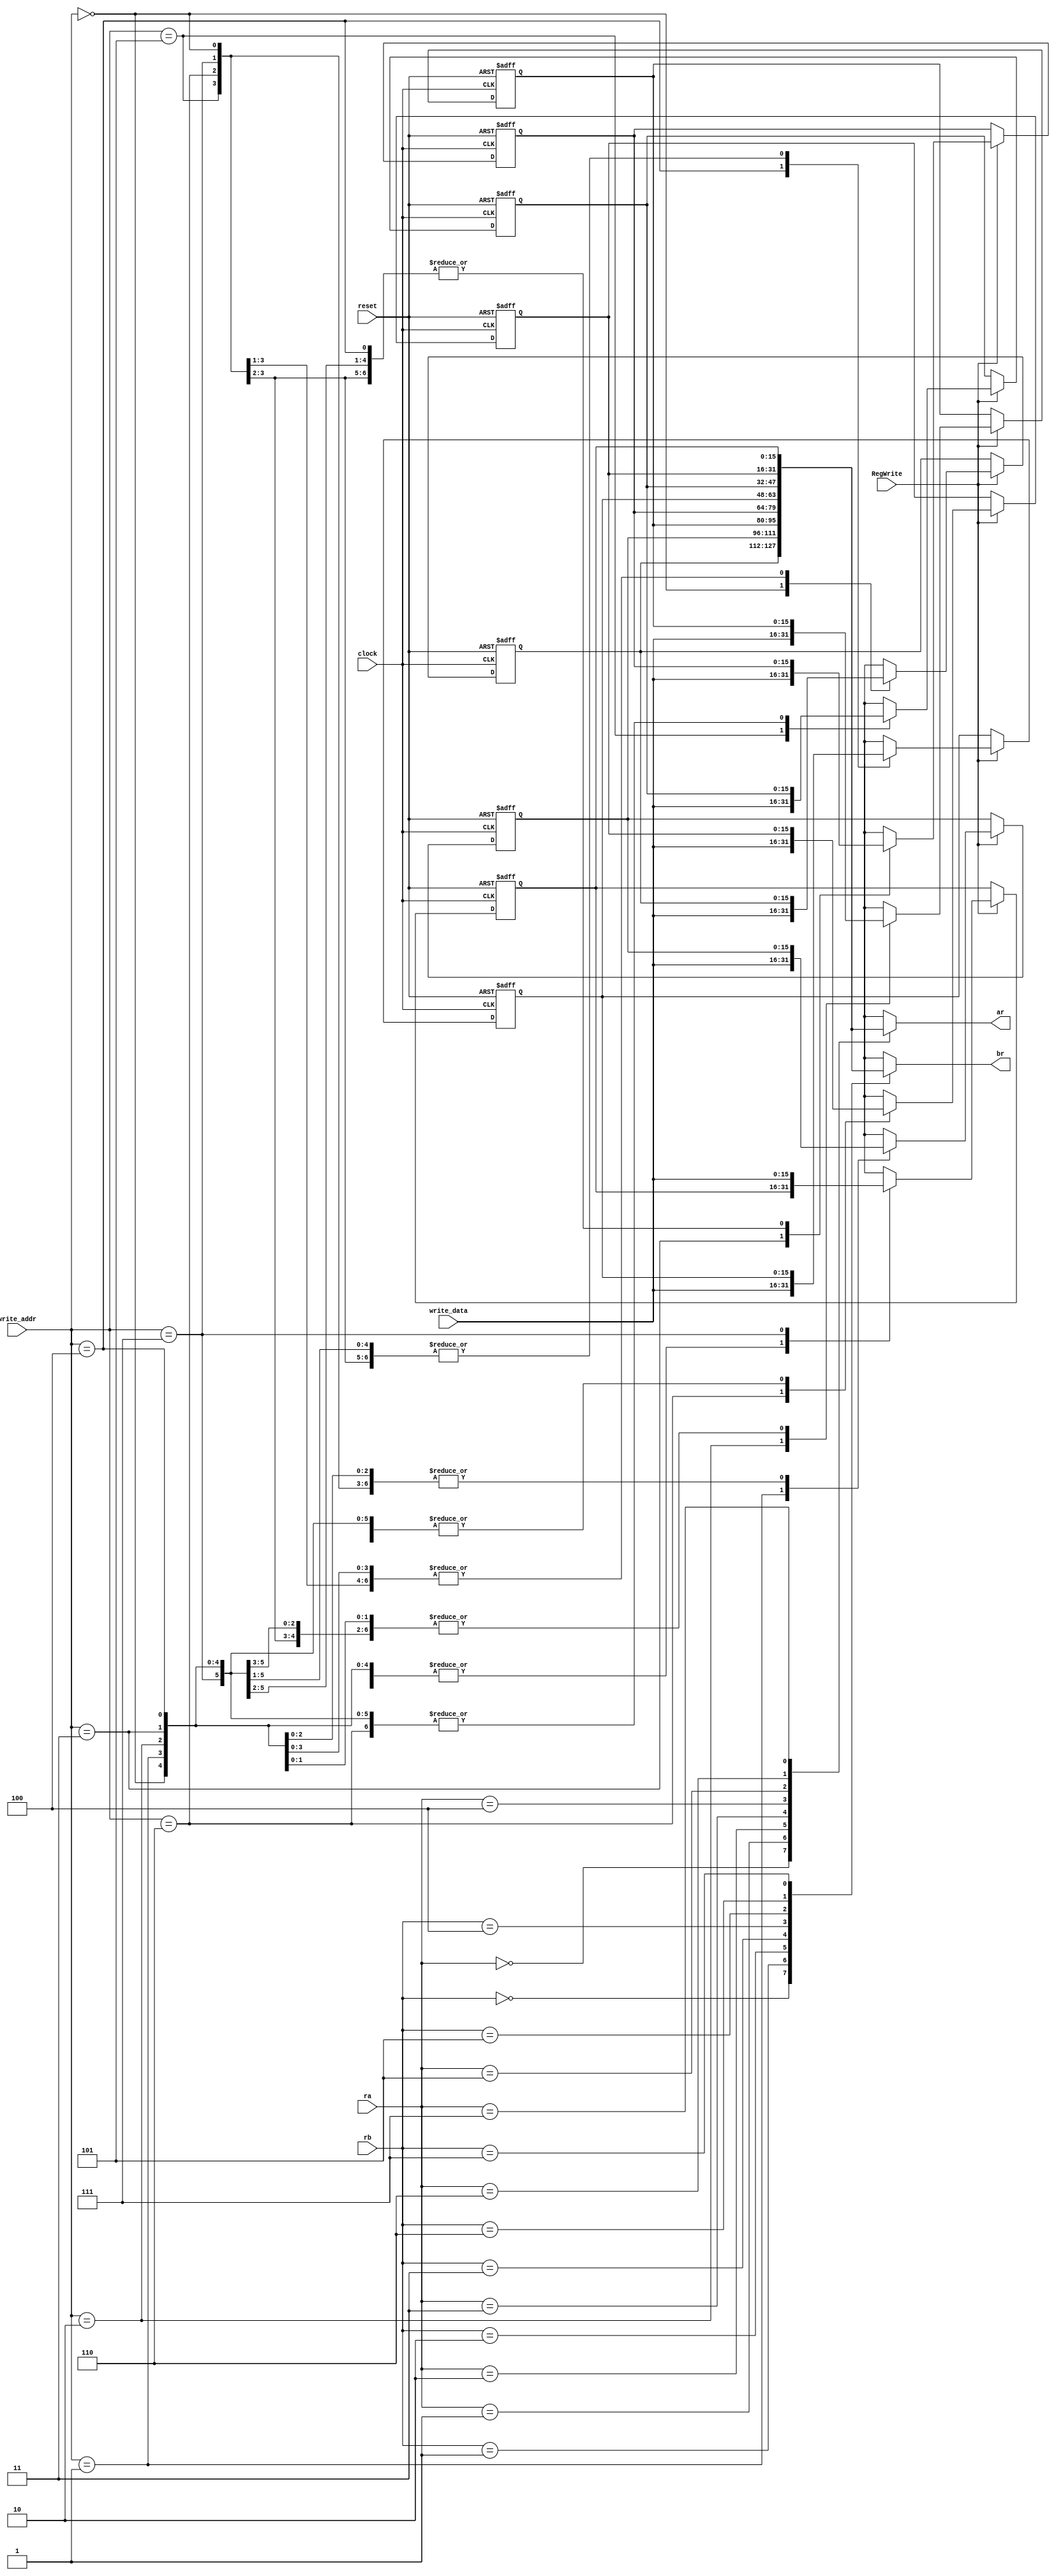
module register (
  input clock, reset,
  input [2:0] ra, rb, write_addr,
  input RegWrite,
  input [15:0] write_data, // data to write
  output [15:0] ar, br
  );

  reg [15:0] r [0:7];

  always @(posedge clock or posedge reset) begin
    if (reset) begin
      r[7] <= 16'b0;
      r[6] <= 16'b0;
      r[5] <= 16'b0;
      r[4] <= 16'b0;
      r[3] <= 16'b0;
      r[2] <= 16'b0;
      r[1] <= 16'b0;
      r[0] <= 16'b0;
    end else begin
      if (RegWrite) begin
        r[write_addr] = write_data;
      end
    end
  end
  
  assign ar = r[ra];
  assign br = r[rb];
endmodule